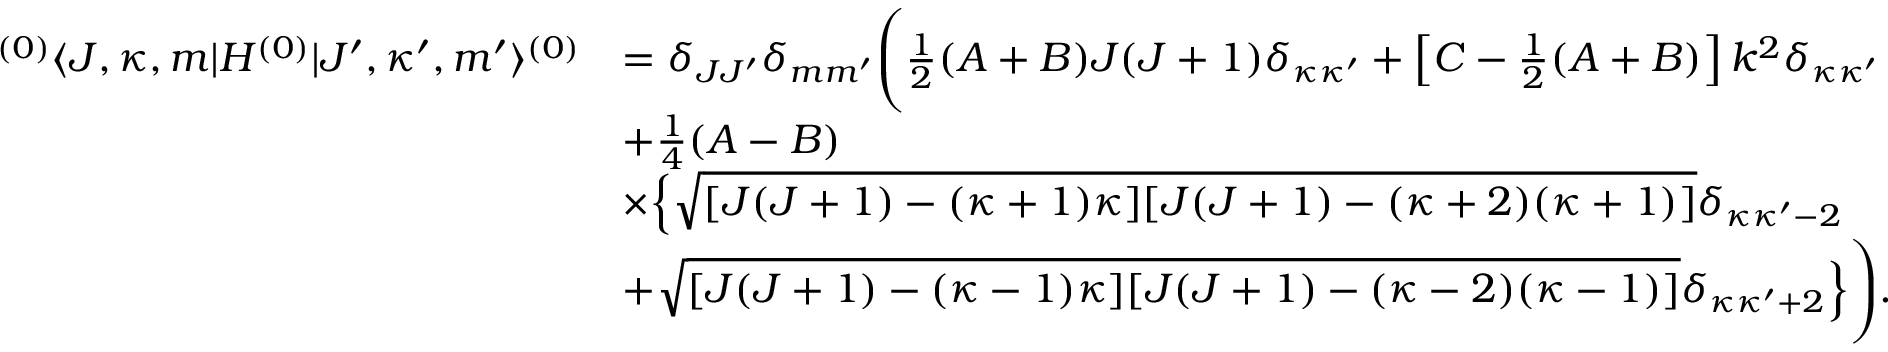
\begin{array} { r l } { ^ { ( 0 ) } \langle J , \kappa , m | H ^ { ( 0 ) } | J ^ { \prime } , \kappa ^ { \prime } , m ^ { \prime } \rangle ^ { ( 0 ) } } & { = \delta _ { J J ^ { \prime } } \delta _ { m m ^ { \prime } } \Bigg ( \frac { 1 } { 2 } ( A + B ) J ( J + 1 ) \delta _ { \kappa \kappa ^ { \prime } } + \left[ C - \frac { 1 } { 2 } ( A + B ) \right] k ^ { 2 } \delta _ { \kappa \kappa ^ { \prime } } } \\ & { + \frac { 1 } { 4 } ( A - B ) } \\ & { \times \Big \{ \sqrt { [ J ( J + 1 ) - ( \kappa + 1 ) \kappa ] [ J ( J + 1 ) - ( \kappa + 2 ) ( \kappa + 1 ) ] } \delta _ { \kappa \kappa ^ { \prime } - 2 } } \\ & { + \sqrt { [ J ( J + 1 ) - ( \kappa - 1 ) \kappa ] [ J ( J + 1 ) - ( \kappa - 2 ) ( \kappa - 1 ) ] } \delta _ { \kappa \kappa ^ { \prime } + 2 } \Big \} \Bigg ) . } \end{array}